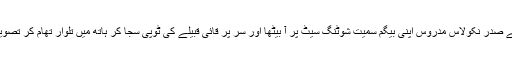
وینزویلا کے صدر نکولاس مدروس اپنی بیگم سمیت شوٹنگ سیٹ پر آ بیٹھا اور سر پر قائی قبیلے کی ٹوپی سجا کر ہاتھ میں تلوار تھام کر تصویر کھچوائی۔